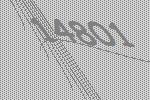
14801